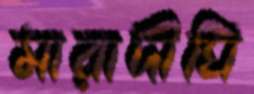
মারাদীঘি